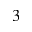
3